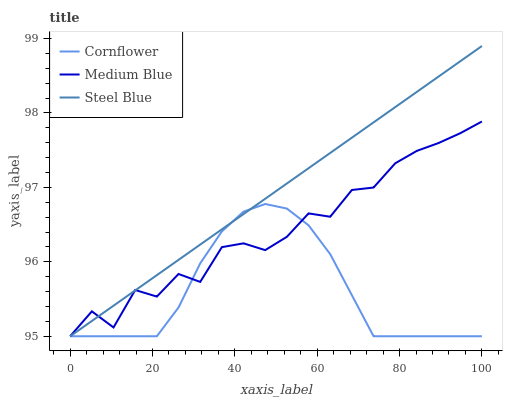
| xaxis_label | Cornflower | Medium Blue | Steel Blue |
 | --- | --- | --- | --- |
 | 0 | 95 | 95 | 95 |
 | 5.26 | 95 | 95.3 | 95.2 |
 | 10.5 | 95 | 95.1 | 95.4 |
 | 15.8 | 95 | 95.6 | 95.6 |
 | 21.1 | 95 | 95.5 | 95.8 |
 | 26.3 | 95.4 | 95.8 | 96 |
 | 31.6 | 96 | 95.7 | 96.2 |
 | 36.8 | 96.4 | 96.2 | 96.4 |
 | 42.1 | 96.7 | 96.2 | 96.6 |
 | 47.4 | 96.8 | 96.2 | 96.8 |
 | 52.6 | 96.7 | 96.3 | 97.1 |
 | 57.9 | 96.5 | 96.7 | 97.3 |
 | 63.2 | 96.1 | 96.6 | 97.5 |
 | 68.4 | 95.6 | 97 | 97.7 |
 | 73.7 | 95 | 97 | 97.9 |
 | 78.9 | 95 | 97.3 | 98.1 |
 | 84.2 | 95 | 97.5 | 98.3 |
 | 89.5 | 95 | 97.6 | 98.5 |
 | 94.7 | 95 | 97.7 | 98.7 |
 | 100 | 95 | 97.9 | 98.9 |